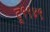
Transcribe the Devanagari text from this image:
टू१९४९